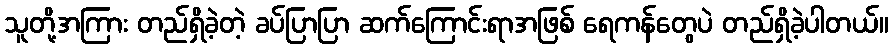
သူတို့အကြား တည်ရှိခဲ့တဲ့ ခပ်ပြာပြာ ဆက်ကြောင်းရာအဖြစ် ရေကန်တွေပဲ တည်ရှိခဲ့ပါတယ်။